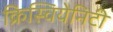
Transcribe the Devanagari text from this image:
क्रिस्चियेनिटी